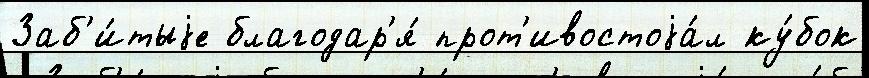
Заб'и́тыjе благодар'я́ прот'ивостоjа́л ку́бок